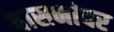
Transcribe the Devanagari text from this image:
वासनांवर